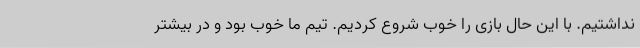
نداشتیم. با این حال بازی را خوب شروع کردیم. تیم ما خوب بود و در بیشتر